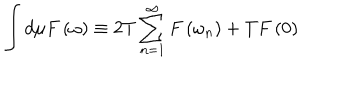
\int d \mu F \left( \omega \right) \equiv 2 T \sum _ { n = 1 } ^ { \infty } F \left( \omega _ { n } \right) + T F \left( 0 \right)